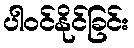
ပါဝင်နိုင်ခြင်း